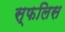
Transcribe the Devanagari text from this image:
स्फलिस